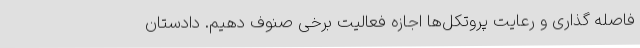
فاصله گذاری و رعایت پروتکل‌ها اجازه فعالیت برخی صنوف دهیم. دادستان